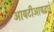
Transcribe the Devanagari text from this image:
आयटीआयद्वारे